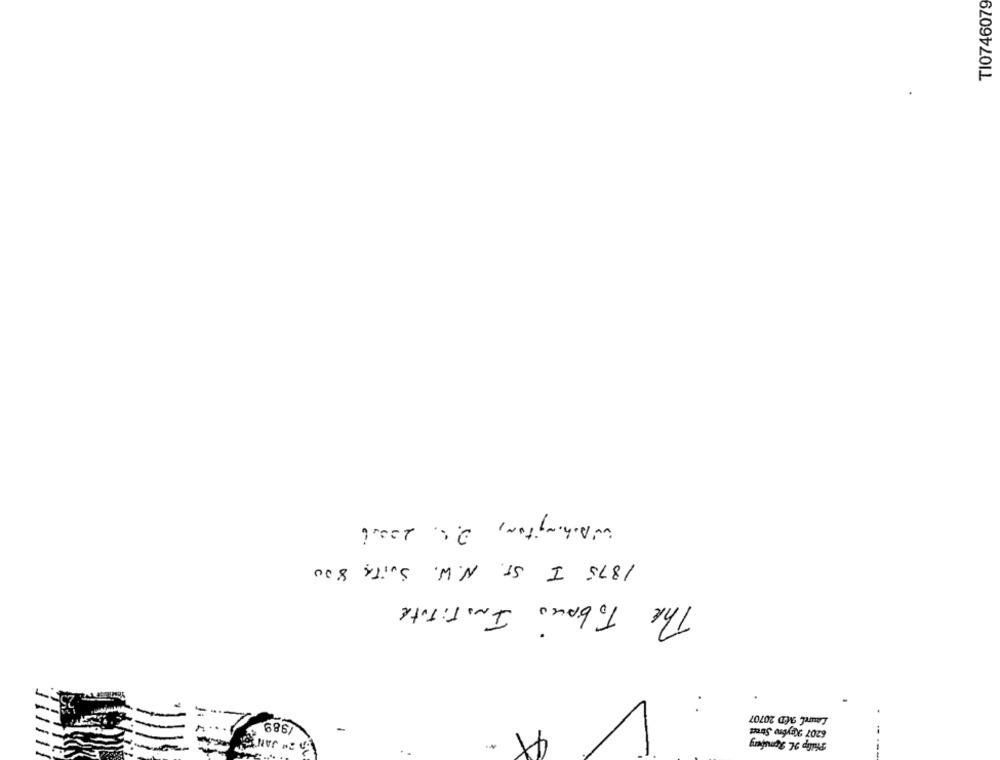
TI0746079
.
Washington, 2.6. 20006
1875 I ST. N.W. Swith 800
THE TobAno INSTITUTE
Laurel AED 20707
/889
6207 Kgybro Street
-